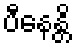
ပီနေန္တိ